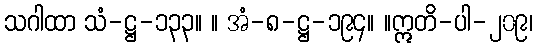
သဂါထာ သံ-ဋ္ဌ-၁၃၃။ ။ အံ-၈-ဋ္ဌ-၁၉၄။ ။ဣတိ-ပါ-၂၀၉၊